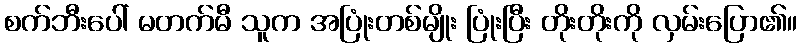
စက်ဘီးပေါ် မတက်မီ သူက အပြုံးတစ်မျိုး ပြုံးပြီး တိုးတိုးကို လှမ်းပြော၏။